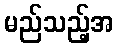
မည်သည့်အ